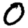
Digit: 0